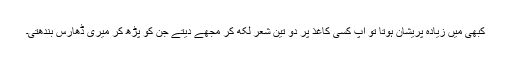
کبھی مَیں زیادہ پریشان ہوتا تو آپ کسی کاغذ پر دو تین شعر لکھ کر مجھے دیتے جن کو پڑھ کر میری ڈھارس بندھتی۔